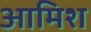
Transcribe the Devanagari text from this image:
आमिश